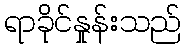
ရာခိုင်နှုန်းသည်